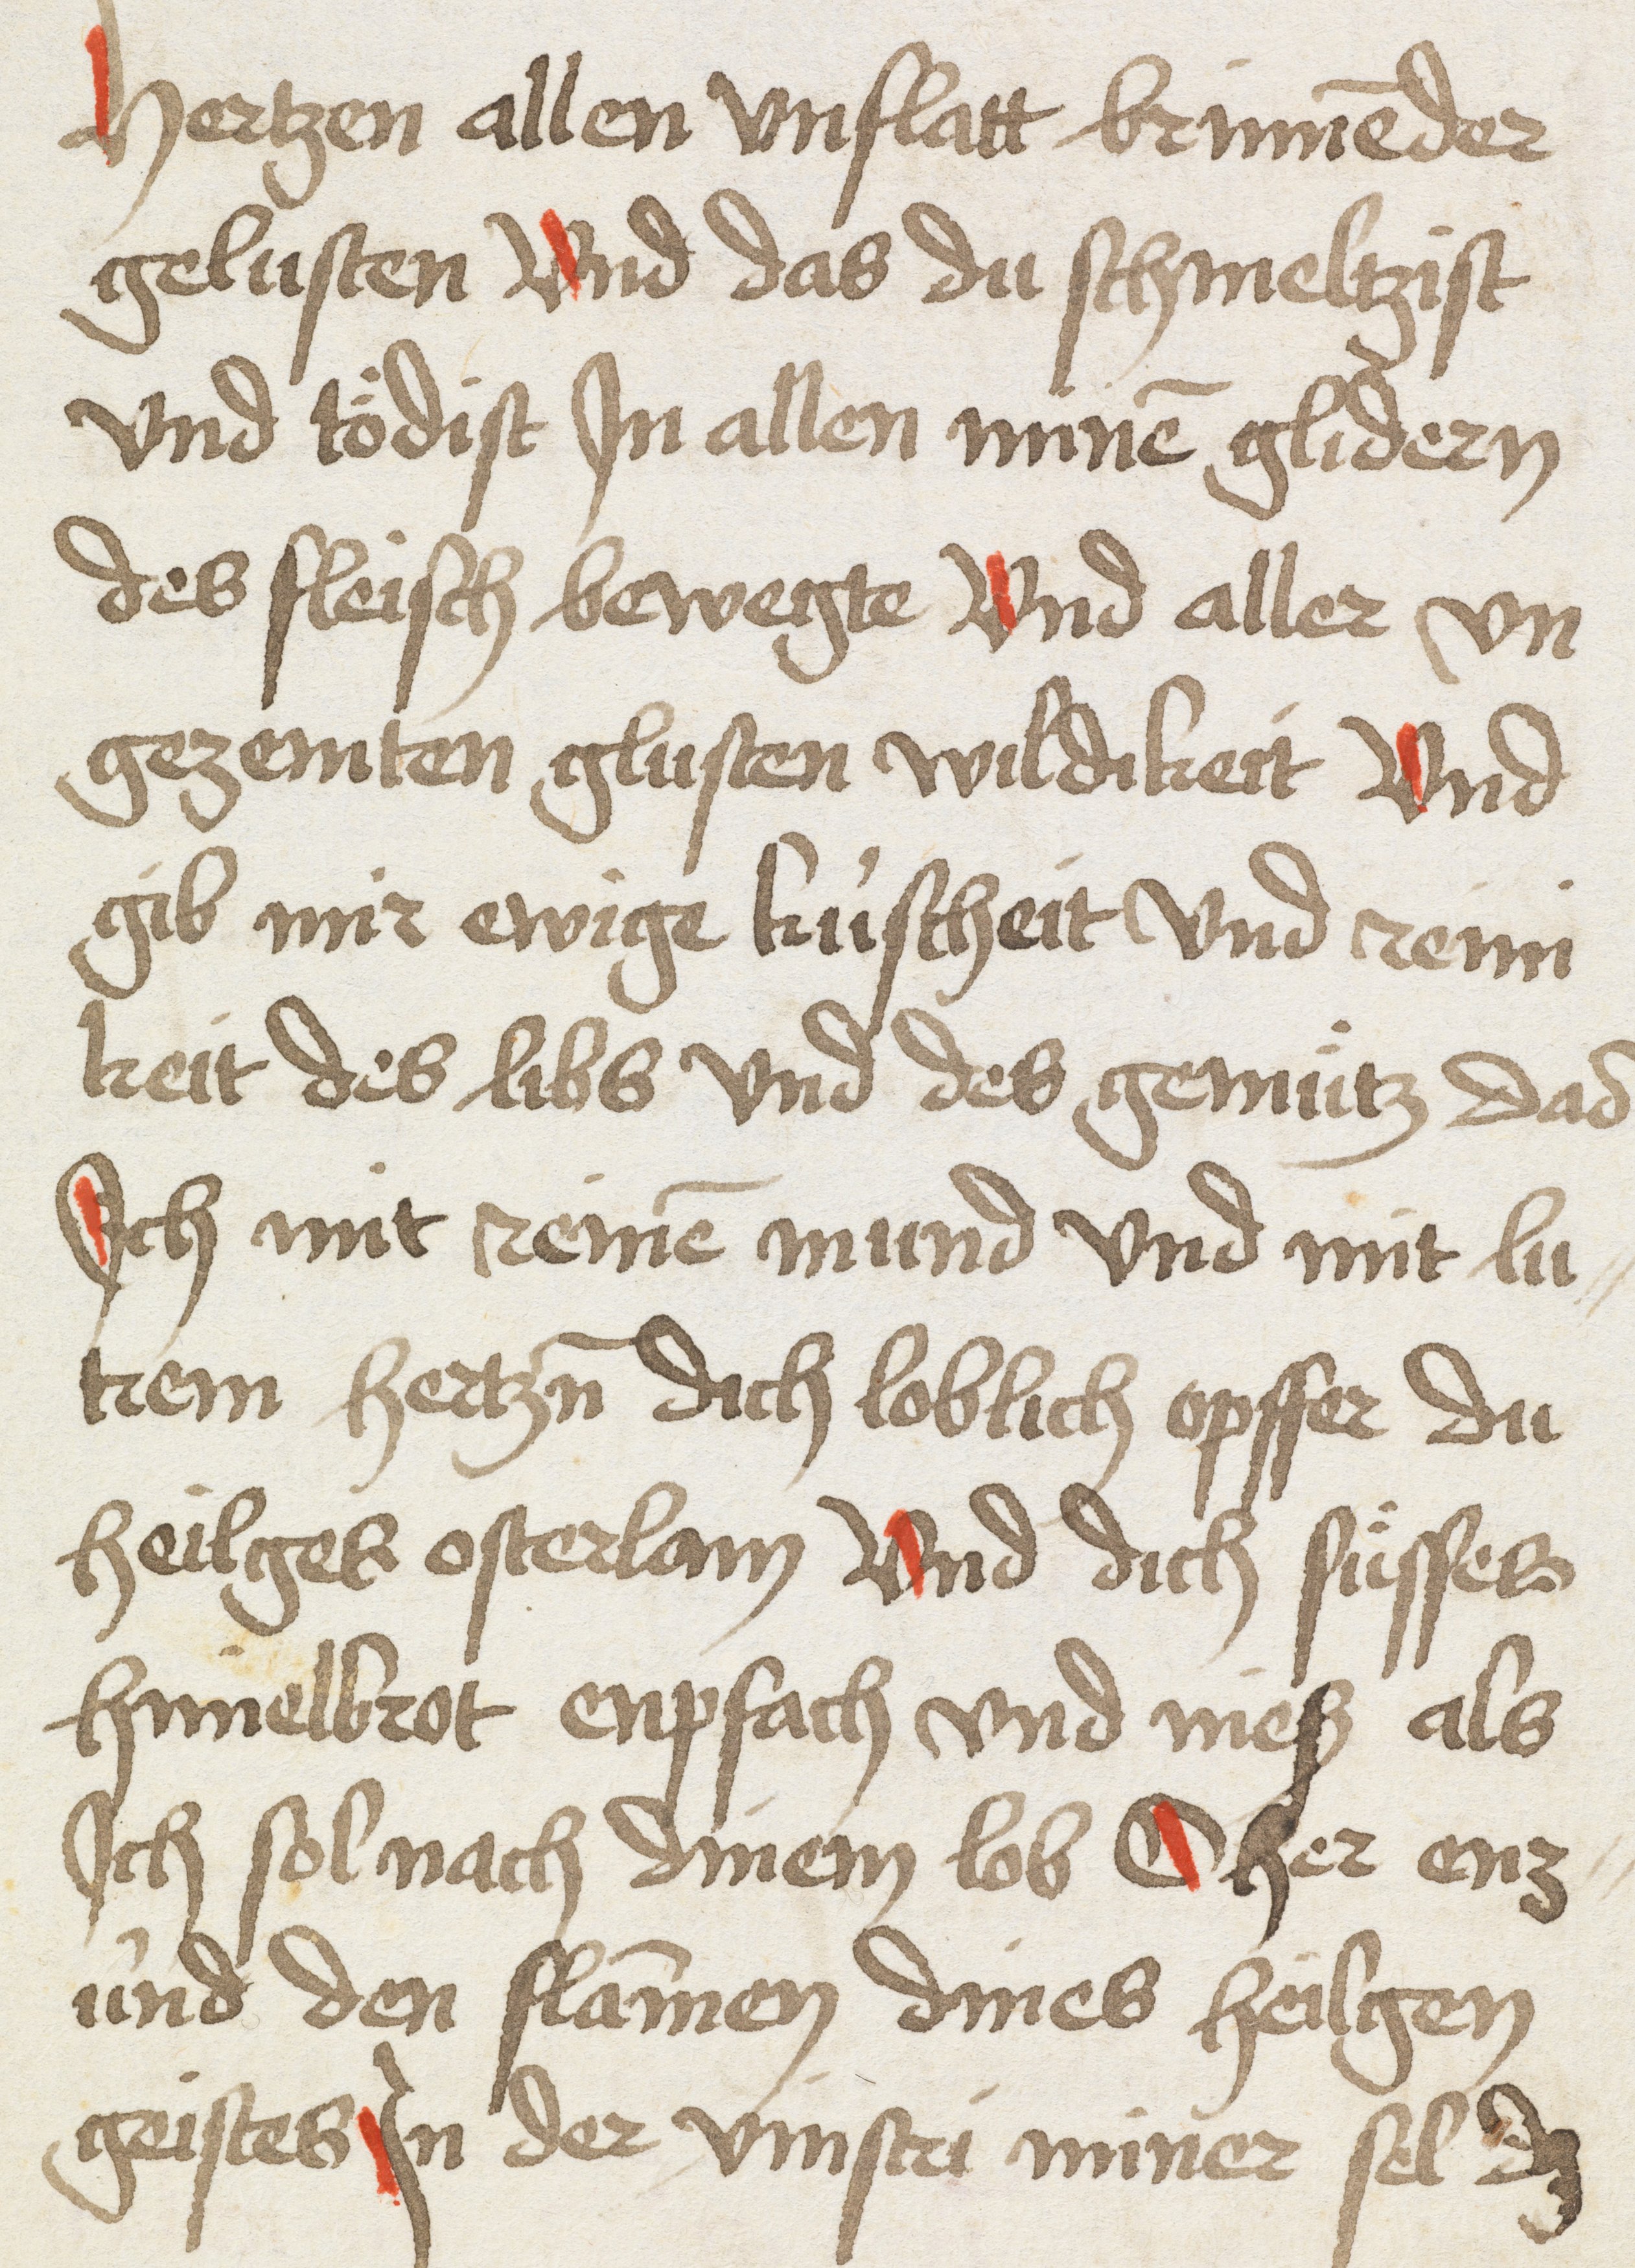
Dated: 1493–1493